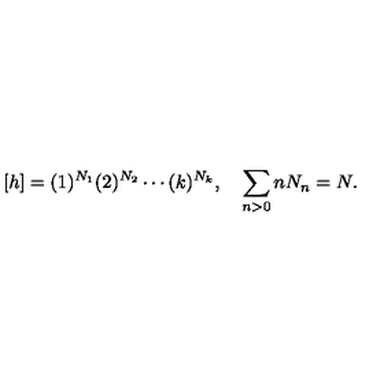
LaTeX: [ h ] = ( 1 ) ^ { N _ { 1 } } ( 2 ) ^ { N _ { 2 } } \cdots ( k ) ^ { N _ { k } } , \quad \sum _ { n > 0 } n N _ { n } = N .